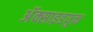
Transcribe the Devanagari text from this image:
अॅक्साइडयुक्त